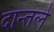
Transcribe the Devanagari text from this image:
दान्तले